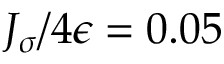
J _ { \sigma } / 4 \epsilon = 0 . 0 5